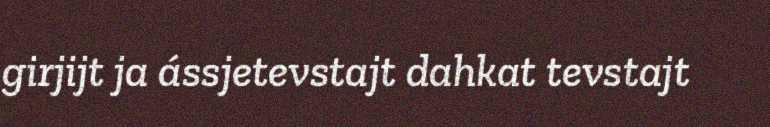
girjijt ja ássjetevstajt dahkat tevstajt